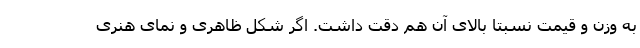
به وزن و قیمت نسبتا بالای آن هم دقت داشت. اگر شکل ظاهری و نمای هنری